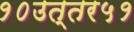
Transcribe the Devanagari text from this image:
१०उत्तर५१